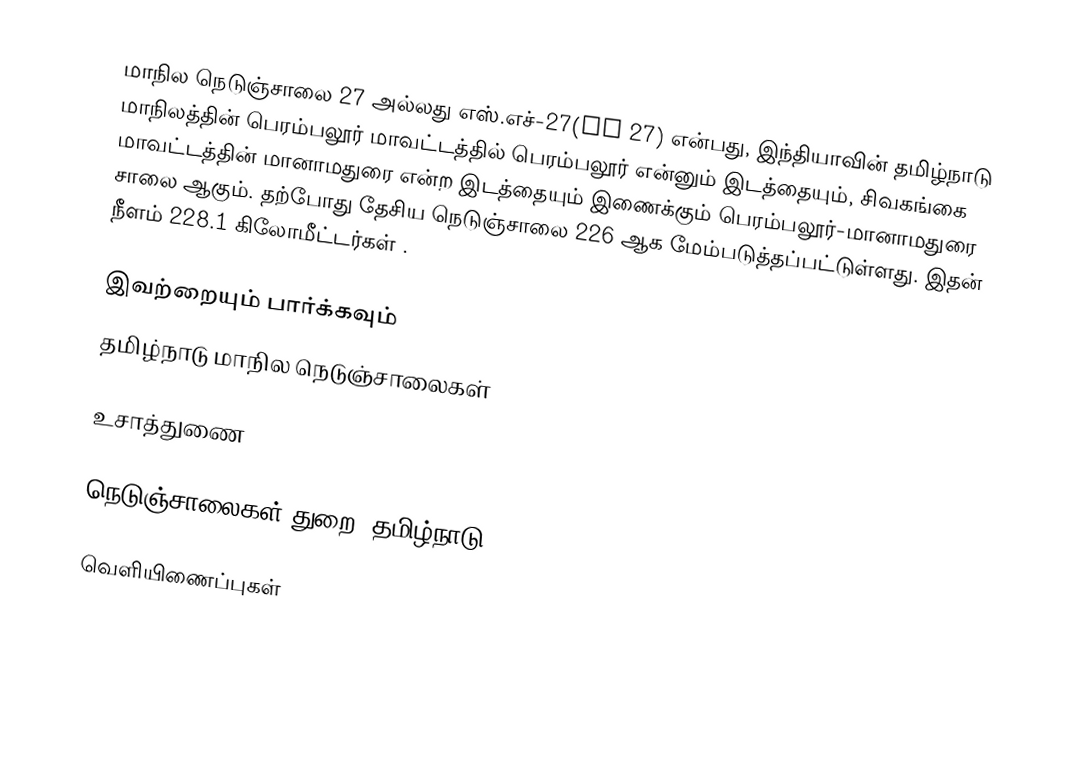
மாநில நெடுஞ்சாலை 27 அல்லது எஸ்.எச்-27(SH 27) என்பது, இந்தியாவின் தமிழ்நாடு மாநிலத்தின் பெரம்பலூர் மாவட்டத்தில் பெரம்பலூர் என்னும் இடத்தையும், சிவகங்கை மாவட்டத்தின் மானாமதுரை என்ற இடத்தையும் இணைக்கும் பெரம்பலூர்-மானாமதுரை சாலை ஆகும். தற்போது தேசிய நெடுஞ்சாலை 226 ஆக மேம்படுத்தப்பட்டுள்ளது. இதன் நீளம் 228.1  கிலோமீட்டர்கள் .

இவற்றையும் பார்க்கவும்
 தமிழ்நாடு மாநில நெடுஞ்சாலைகள்

உசாத்துணை

 நெடுஞ்சாலைகள் துறை, தமிழ்நாடு

வெளியிணைப்புகள்